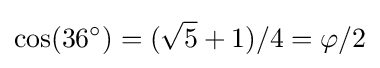
\cos(36^{\circ })=({\sqrt {5}}+1)/4=\varphi /2